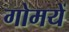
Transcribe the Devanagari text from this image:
गोमयें